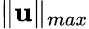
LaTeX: \| \mathbf{u}\| _{max}